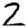
Digit: 2